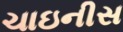
ચાઇનીસ